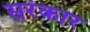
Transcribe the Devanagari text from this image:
सरंकार